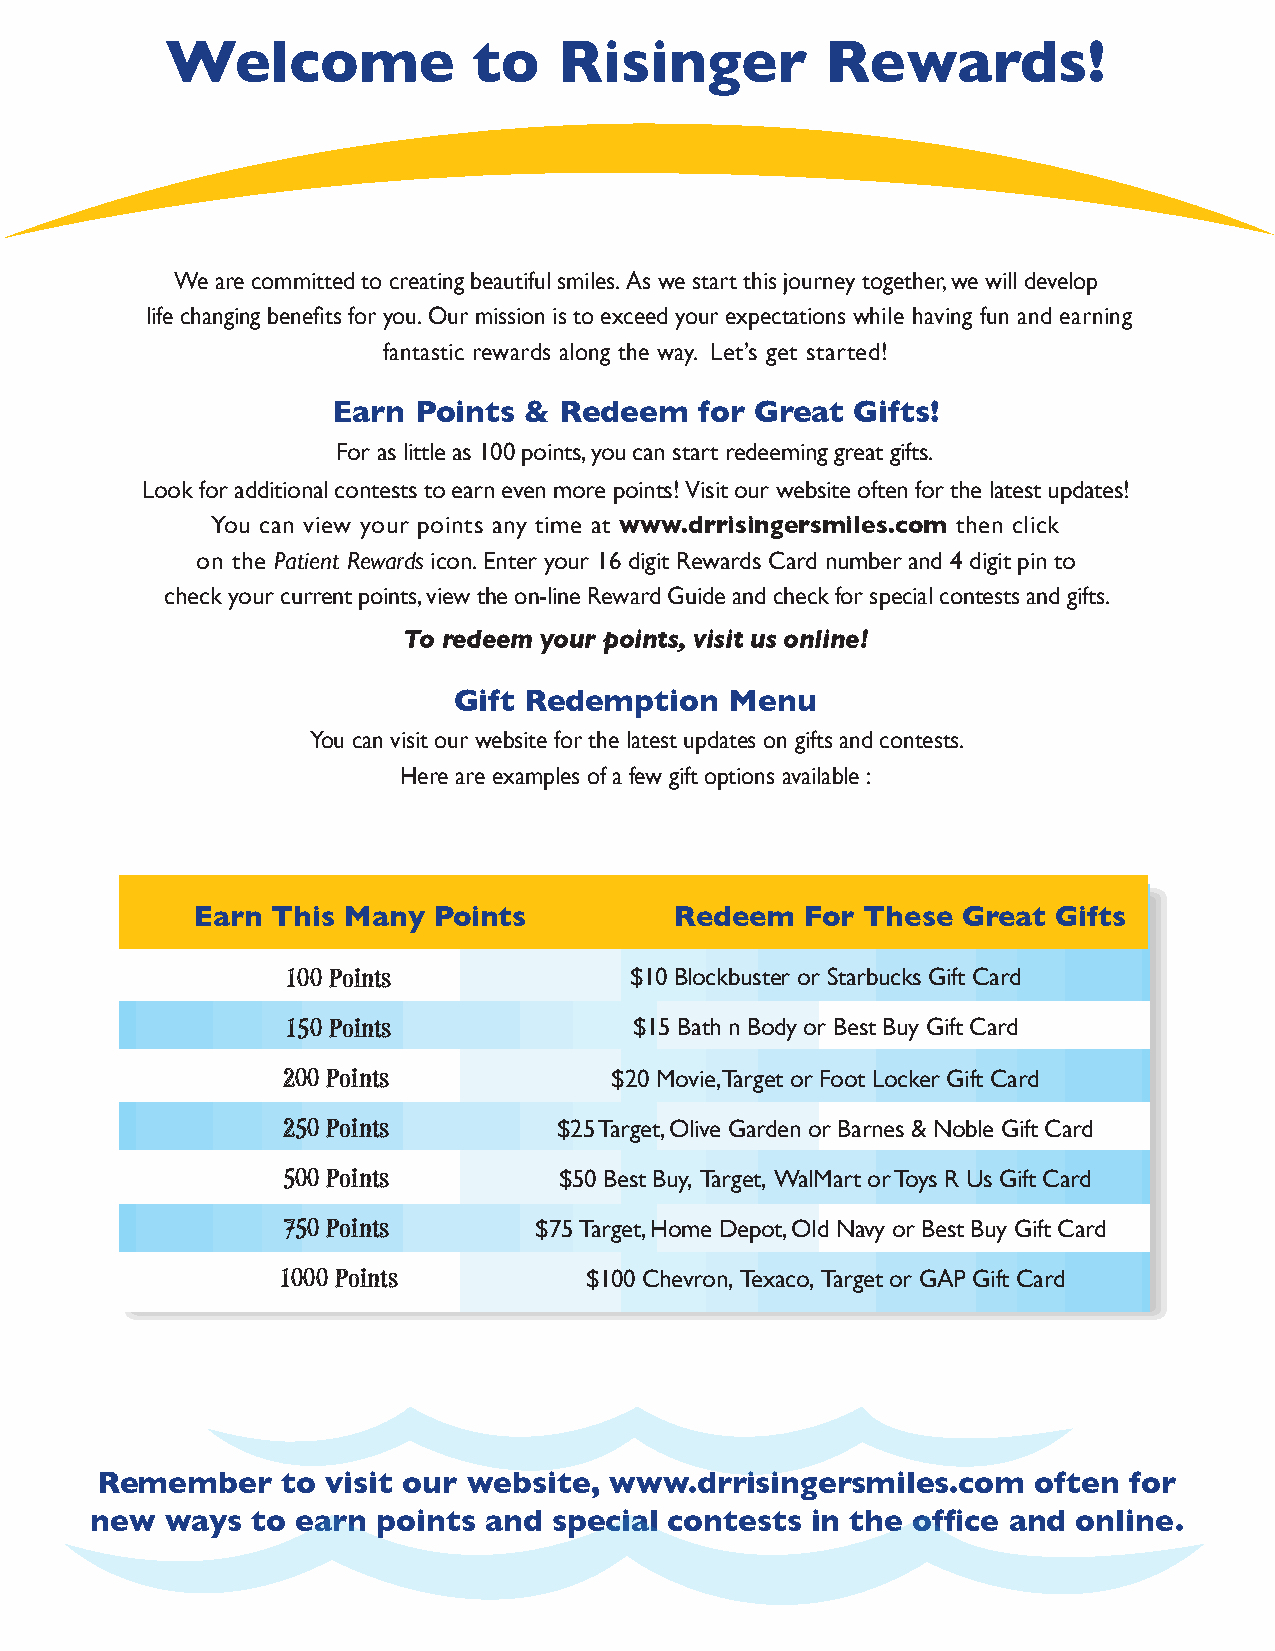
Welcome             to    Risinger          Rewards!
 We are committed to creating beautiful smiles. As we start this journey together, we will develop
 life changing benefits for you. Our mission is to exceed your expectations while having fun and earning
 fantastic rewards along the way. Let’s get started!
 Earn Points  & Redeem   for Great  Gifts!
 For as little as 100 points, you can start redeeming great gifts.
 Look for additional contests to earn even more points! Visit our website often for the latest updates!
 You can view your points any time at www.drrisingersmiles.com then click
 on the Patient Rewards icon. Enter your 16 digit Rewards Card number and 4 digit pin to
 check your current points, view the on-line Reward Guide and check for special contests and gifts.
 To redeem your points, visit us online!
 Gift Redemption   Menu
 You can visit our website for the latest updates on gifts and contests.
 Here are examples of a few gift options available :
 Earn This Many  Points          Redeem  For These  Great Gifts
 100 Points             $10 Blockbuster or Starbucks Gift Card
 150 Points             $15 Bath n Body or Best Buy Gift Card
 200 Points           $20 Movie, Target or Foot Locker Gift Card
 250 Points        $25 Target, Olive Garden or Barnes & Noble Gift Card
 500 Points        $50 Best Buy, Target , WalMart or Toys R Us Gift Card
 750 Points      $75 Target, Home Depot, Old Navy or Best Buy Gift Card
 1000 Points          $100 Chevron, Texaco, Target or GAP Gift Card
 Remember     to visit our website, www.drrisingersmiles.com    often for
 new  ways  to earn points and  special contests in the office and online.